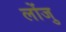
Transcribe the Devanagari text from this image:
लोंजु